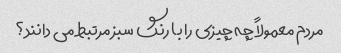
مردم معمولاً چه چیزی را با رنگ سبز مرتبط می دانند؟